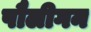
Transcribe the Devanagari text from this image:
पौलीगन